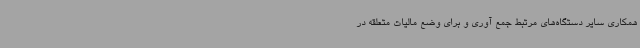
همکاری سایر دستگاه‌های مرتبط جمع آوری و برای وضع مالیات متعلقه در